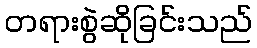
တရားစွဲဆိုခြင်းသည်